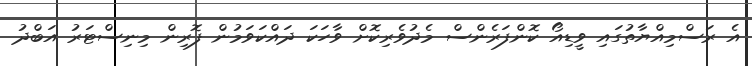
އެ ރަސްމިއްޔާތުގައި ވީޑިއޯ ކޮންފަރެންސް މެދުވެރިކޮށް ވާހަކަ ދައްކަވަމުން ފޮރިން މިނިސްޓަރު އަބްދު